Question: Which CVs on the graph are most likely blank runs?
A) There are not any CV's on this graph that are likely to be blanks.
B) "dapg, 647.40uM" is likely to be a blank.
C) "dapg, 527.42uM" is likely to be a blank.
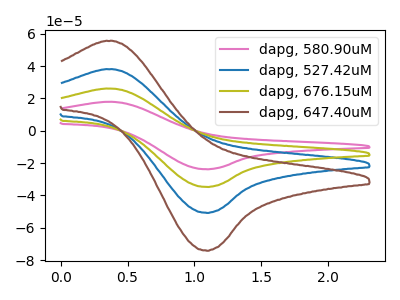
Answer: <think>The pink curve "dapg, 580.90uM" has an anodic peak at (0.40V, 17.80uA) and a cathodic peak at (1.10V, -23.85uA). The blue curve "dapg, 527.42uM" has an anodic peak at (0.40V, 52.00uA) and a cathodic peak at (1.10V, -69.60uA). The olive curve "dapg, 676.15uM" has an anodic peak at (0.40V, 26.00uA) and a cathodic peak at (1.10V, -34.80uA). The brown curve "dapg, 647.40uM" has an anodic peak at (0.40V, 78.05uA) and a cathodic peak at (1.10V, -104.45uA).</think>
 <answer>A) There are not any CV's on this graph that are likely to be blanks.</answer>
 <eval>A</eval>